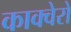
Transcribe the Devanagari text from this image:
काक्वेरो